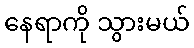
နေရာကို သွားမယ်